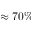
\approx 7 0 \%